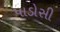
પાડોસી